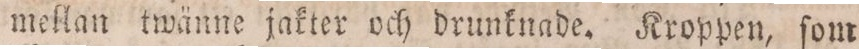
mellan twänne jakter och drunknade. Kroppen, ſom